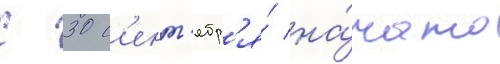
С 30 с'ент'ябр'я́ на́чато